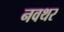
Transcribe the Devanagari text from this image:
नवथर